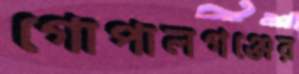
গোপালগঞ্জের